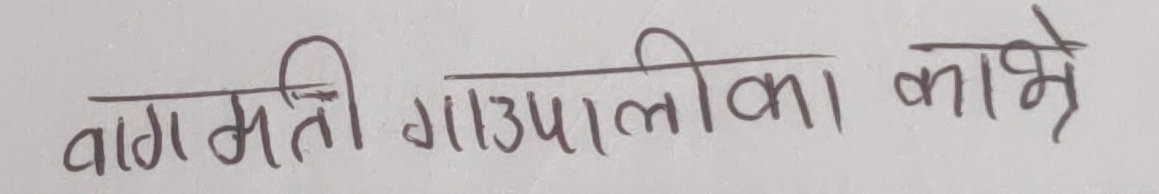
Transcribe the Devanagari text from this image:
बागमती गाउपालिका काभ्रे